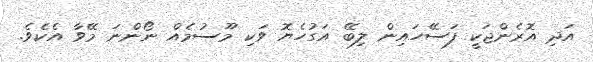
އަދި އޮރެންޖަކީ ފަސޭހައިން ލިބޭ އަގުހެޔޮ ވަކި މޫސުމެއް ނޯންނަ މޭވާ އެކެވެ.